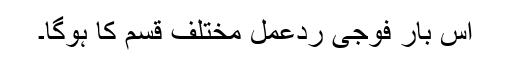
اس بار فوجی ردعمل مختلف قسم کا ہوگا۔